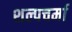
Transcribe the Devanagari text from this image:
शल्पचर्मा